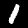
Label: 1